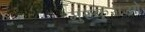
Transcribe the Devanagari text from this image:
मुस्कुराओ